Distribution and causation of leprosy in British India
Year: 1875
Disease focus: Leprosy
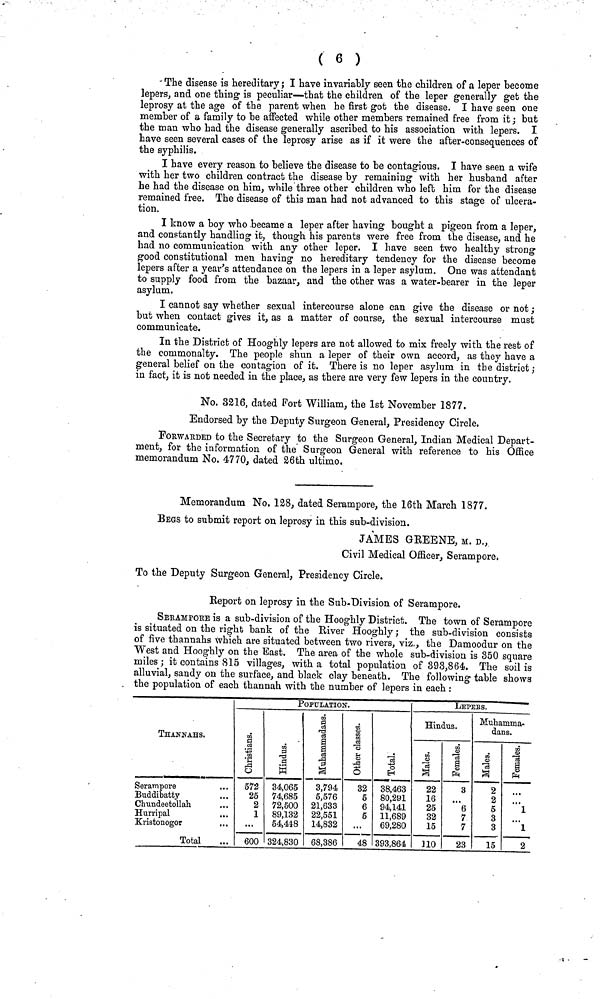
( 6 )
The disease is hereditary; I have invariably seen the children of a leper become
lepers, and one thing is peculiar—that the children of the leper generally get the
leprosy at the age of the parent when he first got the disease. I have seen one
member of a family to be affected while other members remained free from it j but
the man who had the disease generally ascribed to his association with lepers. I
have seen several cases of the leprosy arise as if it were the after-consequences of
the syphilis.
I have every reason to believe the disease to be contagious. I have seen a wife
with her two children contract the disease by remaining with her husband after
he had the disease on him, while three other children who left him for the disease
remained free. The disease of this man had not advanced to this stage of ulcera-
tion.
I know a boy who became a leper after having bought a pigeon from a leper,
and constantly handling it, though his parents were free from the disease, and he
had no communication with any other leper. I have seen two healthy strong
good constitutional men having no hereditary tendency for the disease become
lepers after a year's attendance on the lepers in a leper asylum. One was attendant
to supply food from the bazaar, and the other was a water-bearer in the leper
asylum.
I cannot say whether sexual intercourse alone can give the disease or not;
but when contact gives it, as a matter of course, the sexual intercourse must
communicate.
In the District of Hooghly lepers are not allowed to mix freely with the rest of
the commonalty. The people shun a leper of their own accord, as they have a
general belief on the contagion of it. There is no leper asylum in the district ,•
in fact, it is not needed in the place, as there are very few lepers in the country.
No. 3216, dated Port William, the 1st November 1877.
Endorsed by the Deputy Surgeon General, Presidency Circle.
FORWARDED to the Secretary to the Surgeon General, Indian Medical Depart-
ment, for the information of the Surgeon General with reference to his Office
memorandum No. 4770, dated 26th ultimo.
Memorandum No. 128, dated Serampore, the 16th March 1877.
BEGS to submit report on leprosy in this sub-division.
JAMES GREENE, at. D.,
Civil Medical Officer, Serampore.
To the Deputy Surgeon General, Presidency Circle.
Report on leprosy in the Sub-Division of Serampore.
SERAMPORE is a sub-division of the Hooghly District. The town of Serampore
is situated on the right bank of the River Hooghly; the sub-division consists
of five thannahs which are situated between two rivers, viz., the Damoodur on the
West and Hooghly on the East. The area of the whole sub-division is 350 square
miles; it contains 815 villages, with a total population of 393,864. The soil is
alluvial, sandy on the surface, and black clay beneath. The following table shows
the population of each thannah with the number of lepers in each :
THANNAHS.
Serampore
Buddibatty
Chundeetollah
Hurripal
Kristonogor
Total
POPULATION.
572
25
2
1
...
600
34,065
74,685
72,500
89,132
54,448
324,830
3,794
5,576
21,633
22,551
14,832
68,386
32
5
6
5
...
48
38,463
80,291
94,141
11,689
69,280
393,864
LEPEES.
Hindus.
22
16
25
32
15
110
3
6
7
7
23
Muhamrua-
dans.
2
2
5
3
3
15
1
1
2